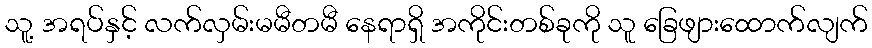
သူ့ အရပ်နှင့် လက်လှမ်းမမီတမီ နေရာရှိ အကိုင်းတစ်ခုကို သူ ခြေဖျားထောက်လျက်